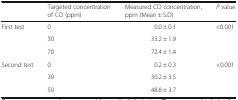
<table><thead><tr><td></td><td><b>Targeted concentration of CO (ppm)</b></td><td><b>Measured CO concentration, ppm (Mean ± S.D)</b></td><td><b><i>P</i> value</b></td></tr></thead><tbody><tr><td rowspan="3">First test</td><td>0</td><td>0.0 ± 0.1</td><td rowspan="3">&lt;0.001</td></tr><tr><td>30</td><td>33.2 ± 1.9</td></tr><tr><td>70</td><td>72.4 ± 1.4</td></tr><tr><td rowspan="3">Second test</td><td>0</td><td>0.2 ± 0.3</td><td rowspan="3">&lt;0.001</td></tr><tr><td>30</td><td>30.2 ± 3.5</td></tr><tr><td>50</td><td>48.8 ± 3.7</td></tr></tbody></table>